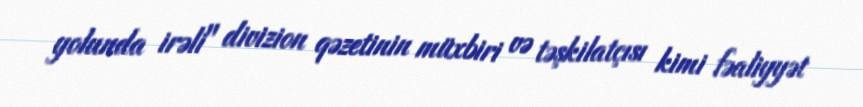
yolunda irəli" divizion qəzetinin müxbiri və təşkilatçısı kimi fəaliyyət